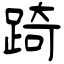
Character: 踦